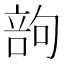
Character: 𠹪